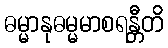
ဓမ္မာနုဓမ္မမာစရန္တီတိ